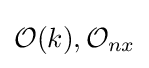
{\mathcal {O}}(k),{\mathcal {O}}_{nx}